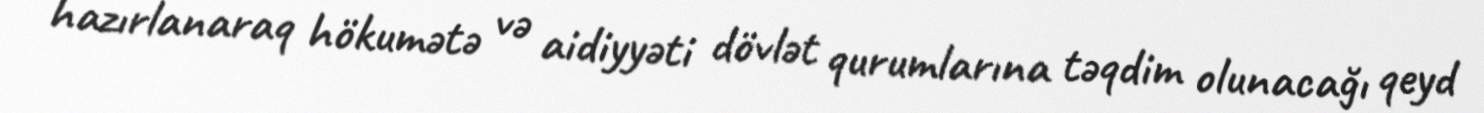
hazırlanaraq hökumətə və aidiyyəti dövlət qurumlarına təqdim olunacağı qeyd